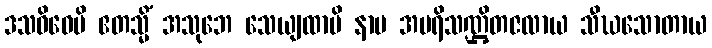
ဒသဝိဓေပိ ဧတသ္မိံ အသုဘေ သေယျထာပိ နာမ အပရိသဏ္ဌိတဇလာယ သီဃသောတာယ